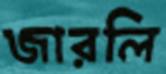
জারলি